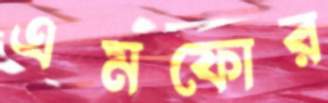
এমফোর